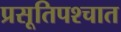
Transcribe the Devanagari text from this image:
प्रसूतिपश्चात